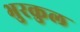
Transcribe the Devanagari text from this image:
भुरकुल